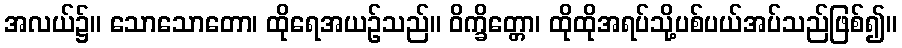
အလယ်၌။ သောသောတော၊ ထိုရေအယဉ်သည်။ ဝိက္ခိတ္တော၊ ထိုထိုအရပ်သို့ပစ်ပယ်အပ်သည်ဖြစ်၍။